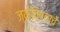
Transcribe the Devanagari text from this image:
ज्योतिष्याचे